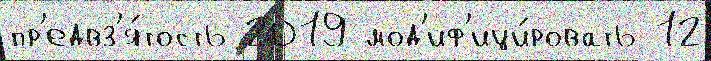
пр'едвз'я́тость 2019 мод'иф'ици́ровать 12